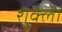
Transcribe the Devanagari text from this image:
शुक्लां